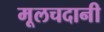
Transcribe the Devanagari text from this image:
मूलचदानी